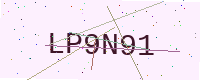
Text: LP9N91